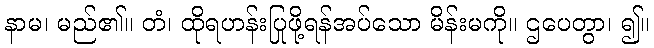
နာမ၊ မည်၏။ တံ၊ ထိုရဟန်းပြုဖို့ရန်အပ်သော မိန်းမကို။ ဌပေတွာ၊ ၍။